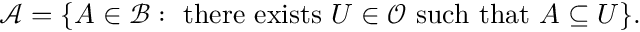
{ \mathcal { A } } = \{ A \in { \mathcal { B } } : { \mathrm { ~ t h e r e ~ e x i s t s ~ } } U \in { \mathcal { O } } { \mathrm { ~ s u c h ~ t h a t ~ } } A \subseteq U \} .